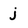
Character: j